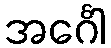
အင်္ဂေါ